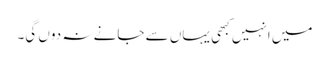
میں انہیں کبھی یہاں سے جانے نہ دوں گی۔